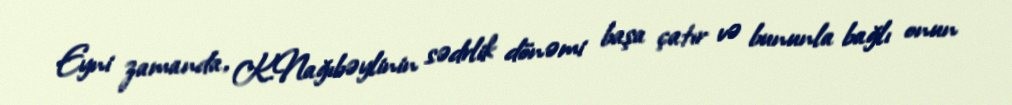
Eyni zamanda, K.Nağıbəylinin sədrlik dönəmi başa çatır və bununla bağlı onun